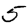
Digit: 5